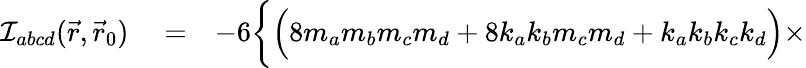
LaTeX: \begin{array}{rlr}{{\cal I}_{abcd}(\vec{r},\vec{r}_{0})}&{{}=}&{-6\bigg\{ \Big(8m_{a}m_{b}m_{c}m_{d}+8k_{a}k_{b}m_{c}m_{d}+k_{a}k_{b}k_{c}k_{d}\Big)\times}\end{array}